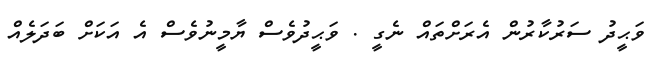
ވަޙީދު ސަރުކާރުން އެރަށްތައް ނެގީ . ވަޙީދުވެސް ޔާމީނުވެސް އެ އަކަށް ބަދަލެއް